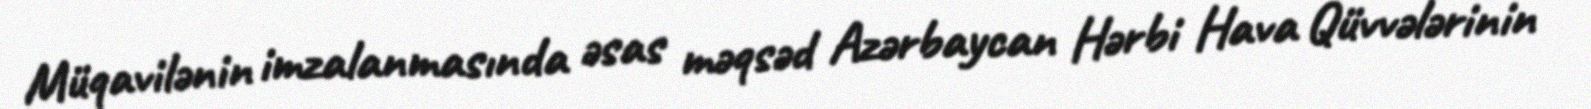
Müqavilənin imzalanmasında əsas məqsəd Azərbaycan Hərbi Hava Qüvvələrinin